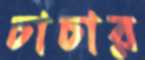
চাচার